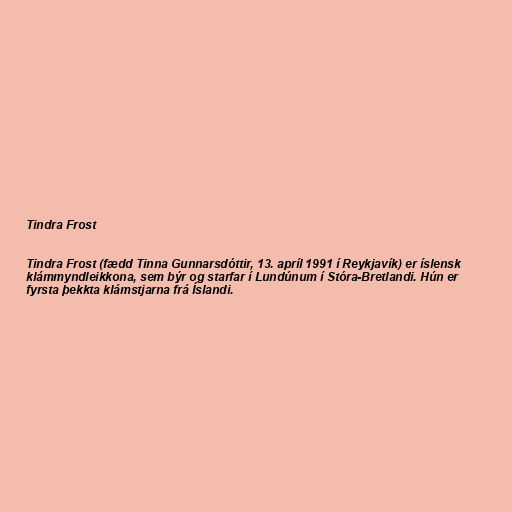
Tindra Frost

Tindra Frost (fædd Tinna Gunnarsdóttir, 13. apríl 1991 í Reykjavík) er íslensk
klámmyndleikkona, sem býr og starfar í Lundúnum í Stóra-Bretlandi. Hún er
fyrsta þekkta klámstjarna frá Íslandi.